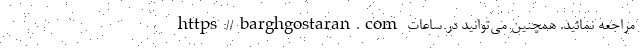
https://barghgostaran.com مراجعه نمائید. همچنین می‌توانید در ساعات